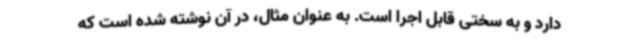
دارد و به سختی قابل اجرا است. به عنوان مثال، در آن نوشته شده است که